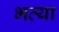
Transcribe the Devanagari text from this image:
भव्‍या